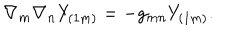
\nabla _ { m } \nabla _ { n } Y _ { ( 1 m ) } = - g _ { m n } Y _ { ( 1 m ) } .